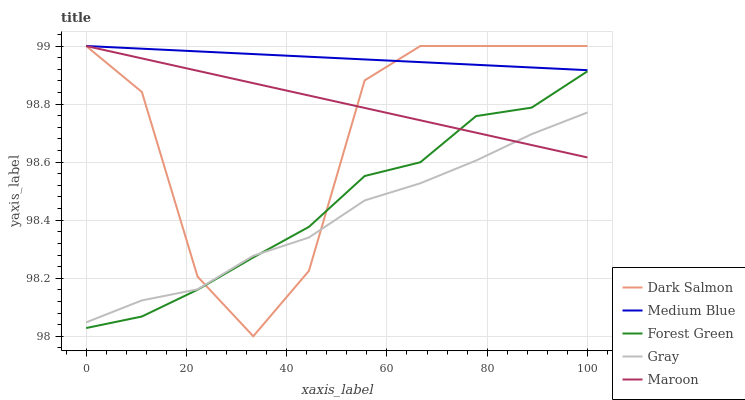
| xaxis_label | Dark Salmon | Medium Blue | Forest Green | Gray | Maroon |
 | --- | --- | --- | --- | --- | --- |
 | 0 | 99 | 99 | 98 | 98 | 99 |
 | 11.1 | 98.8 | 99 | 98.1 | 98.1 | 99 |
 | 22.2 | 98.2 | 99 | 98.2 | 98.2 | 98.9 |
 | 33.3 | 98 | 99 | 98.3 | 98.3 | 98.9 |
 | 44.4 | 98.2 | 99 | 98.4 | 98.3 | 98.8 |
 | 55.6 | 98.9 | 99 | 98.6 | 98.5 | 98.8 |
 | 66.7 | 99 | 98.9 | 98.6 | 98.5 | 98.7 |
 | 77.8 | 99 | 98.9 | 98.8 | 98.6 | 98.7 |
 | 88.9 | 99 | 98.9 | 98.8 | 98.7 | 98.7 |
 | 100 | 99 | 98.9 | 98.9 | 98.8 | 98.6 |